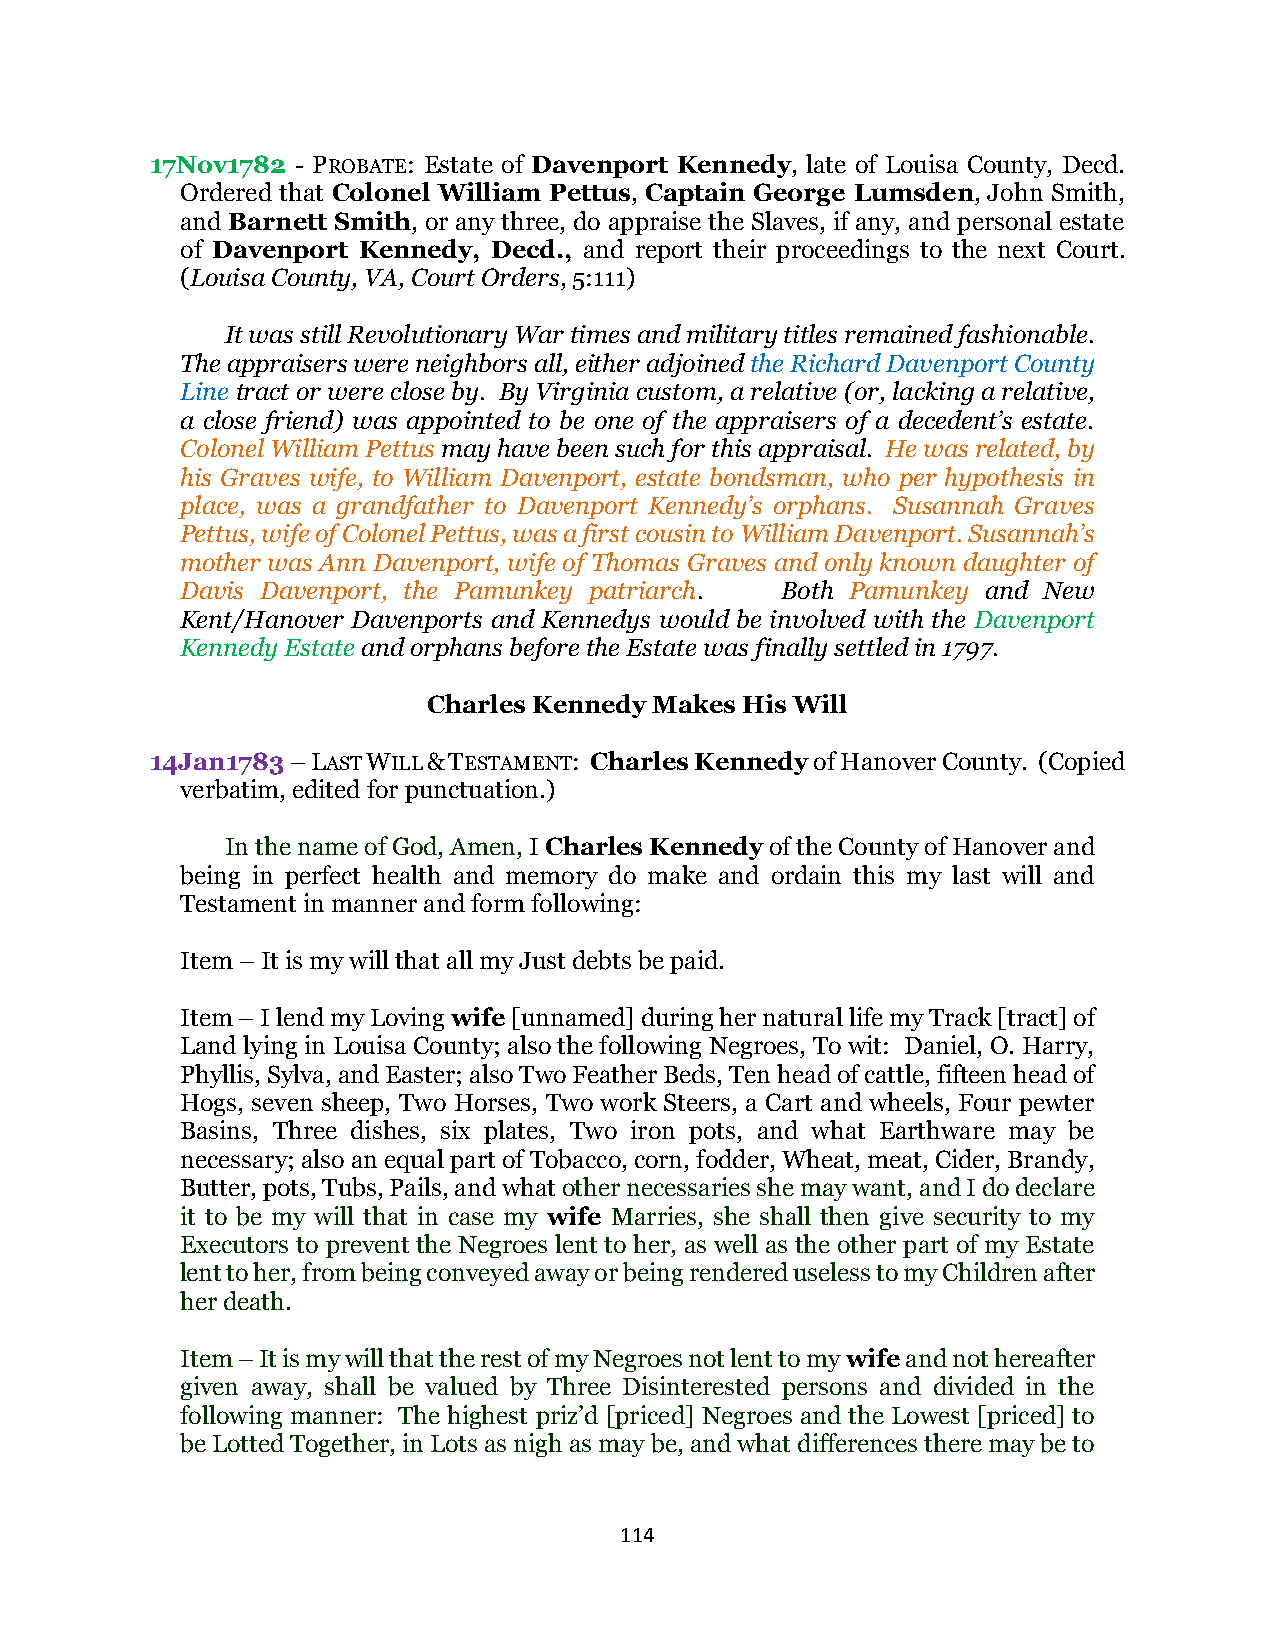
17Nov1782 - PROBATE: Estate of Davenport Kennedy, late of Louisa County, Decd.
 Ordered that Colonel William Pettus, Captain George Lumsden, John Smith,
 and Barnett Smith, or any three, do appraise the Slaves, if any, and personal estate
 of Davenport Kennedy, Decd., and report their proceedings to the next Court.
 (Louisa County, VA, Court Orders, 5:111)
 It was still Revolutionary War times and military titles remained fashionable.
 The appraisers were neighbors all, either adjoined the Richard Davenport County
 Line tract or were close by. By Virginia custom, a relative (or, lacking a relative,
 a close friend) was appointed to be one of the appraisers of a decedent’s estate.
 Colonel William Pettus may have been such for this appraisal. He was related, by
 his Graves wife, to William Davenport, estate bondsman, who per hypothesis in
 place, was a grandfather to Davenport Kennedy’s orphans. Susannah Graves
 Pettus, wife of Colonel Pettus, was a first cousin to William Davenport. Susannah’s
 mother was Ann Davenport, wife of Thomas Graves and only known daughter of
 Davis Davenport, the Pamunkey patriarch. Both Pamunkey and New
 Kent/Hanover Davenports and Kennedys would be involved with the Davenport
 Kennedy Estate and orphans before the Estate was finally settled in 1797.
 Charles Kennedy Makes His Will
 14Jan1783 – LAST WILL & TESTAMENT: Charles Kennedy of Hanover County. (Copied
 verbatim, edited for punctuation.)
 In the name of God, Amen, I Charles Kennedy of the County of Hanover and
 being in perfect health and memory do make and ordain this my last will and
 Testament in manner and form following:
 Item – It is my will that all my Just debts be paid.
 Item – I lend my Loving wife [unnamed] during her natural life my Track [tract] of
 Land lying in Louisa County; also the following Negroes, To wit: Daniel, O. Harry,
 Phyllis, Sylva, and Easter; also Two Feather Beds, Ten head of cattle, fifteen head of
 Hogs, seven sheep, Two Horses, Two work Steers, a Cart and wheels, Four pewter
 Basins, Three dishes, six plates, Two iron pots, and what Earthware may be
 necessary; also an equal part of Tobacco, corn, fodder, Wheat, meat, Cider, Brandy,
 Butter, pots, Tubs, Pails, and what other necessaries she may want, and I do declare
 it to be my will that in case my wife Marries, she shall then give security to my
 Executors to prevent the Negroes lent to her, as well as the other part of my Estate
 lent to her, from being conveyed away or being rendered useless to my Children after
 her death.
 Item – It is my will that the rest of my Negroes not lent to my wife and not hereafter
 given away, shall be valued by Three Disinterested persons and divided in the
 following manner: The highest priz’d [priced] Negroes and the Lowest [priced] to
 be Lotted Together, in Lots as nigh as may be, and what differences there may be to
 114